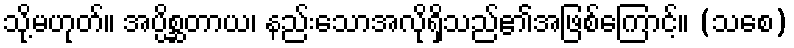
သို့မဟုတ်။ အပ္ပိစ္ဆတာယ၊ နည်းသောအလိုရှိသည်၏အဖြစ်ကြောင့်။ (သစေ)